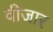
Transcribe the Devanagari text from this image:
वीजार